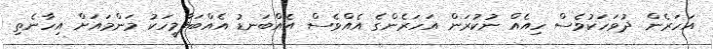
އަހަރެން ދުވަހަކުވެސް ހިއެއް ނުކުރަން އަހަރެންގެ އެއްވެސް އެއްބަނޑު އެއްބަފާމީހަކު މަންމައަށް އިހާނެތި